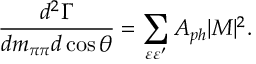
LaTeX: { \frac { d ^ { 2 } \Gamma } { d m _ { \pi \pi } d \cos \theta } } = \sum _ { \varepsilon \varepsilon ^ { \prime } } A _ { p h } | { \cal M } | ^ { 2 } .